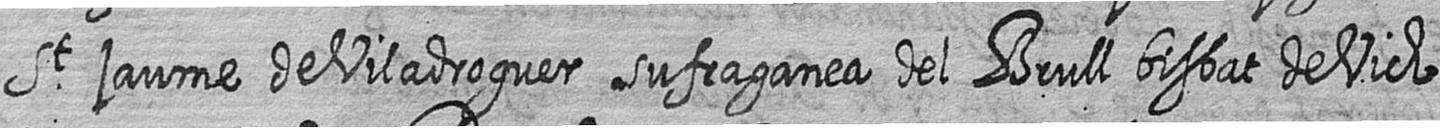
St jaume de Viladroguer sufraganea del Brull bisbat de Vich